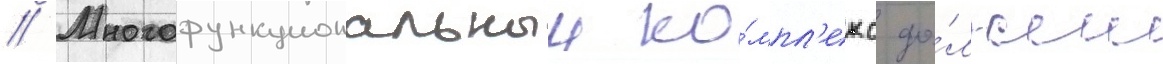
// Многофункциональныи ко́мпл'екс до́лжен